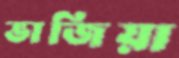
ভাজিয়া